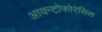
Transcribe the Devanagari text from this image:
आयन्टोफोरेसिस